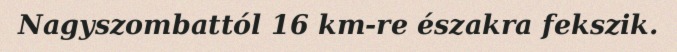
Nagyszombattól 16 km-re északra fekszik.